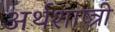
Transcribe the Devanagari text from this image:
अर्थशाष्त्री